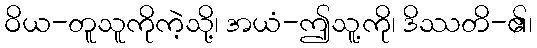
ဝိယ-တူသူကိုကဲ့သို့၊ အယံ-ဤသူ့ကို၊ ဒိဿတိ-၏၊